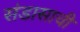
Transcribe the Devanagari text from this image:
संडासाची